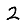
Digit: 2